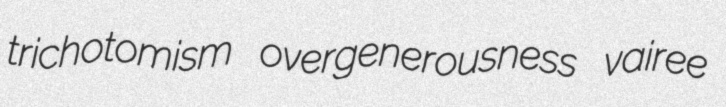
trichotomism overgenerousness vairee